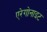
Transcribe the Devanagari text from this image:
एरेगोनाइट